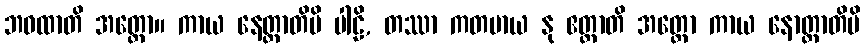
ဘဝထာတိ အတ္ထော။ ကာယ နေတ္ထာတိပိ ပါဠိ, တဿာ ကတမာယ နု ဧတ္ထာတိ အတ္ထော ကာယ နောတ္ထာတိပိ